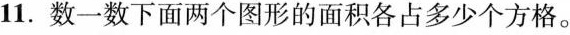
11.数一数下面两个图形的面积各占多少个方格。